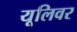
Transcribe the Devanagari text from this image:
यूलिवर